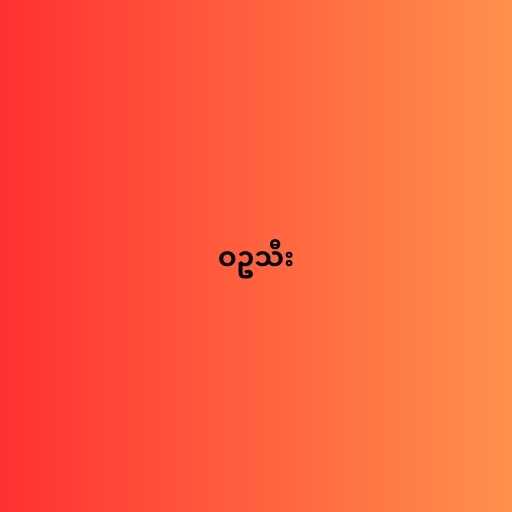
ဝဥသီး